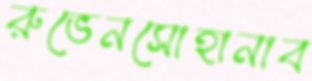
রুভেনসোহানাব